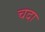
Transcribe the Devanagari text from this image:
चदा